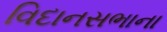
વિદાનસભાના